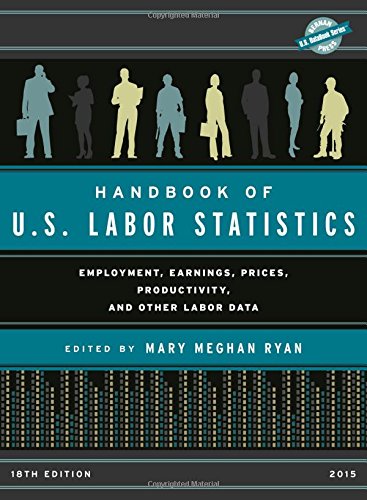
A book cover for Handbook of U.S. Labor Statistics 2015: Employment, Earnings, Prices, Productivity, and Other Labor Data (U.S. DataBook Series); Reference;